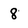
Character: 8